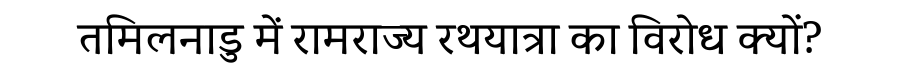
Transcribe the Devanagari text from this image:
तमिलनाडु में रामराज्य रथयात्रा का विरोध क्यों?